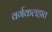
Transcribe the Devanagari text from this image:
वर्गकलहात